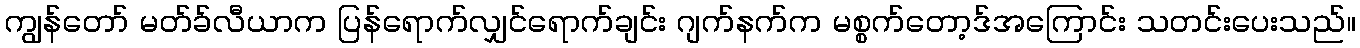
ကျွန်တော် မတ်ခ်လီယာက ပြန်ရောက်လျှင်ရောက်ချင်း ဂျက်နက်က မစ္စက်တော့ဒ်အကြောင်း သတင်းပေးသည်။